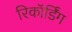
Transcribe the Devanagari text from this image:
रिकॉर्डिंग